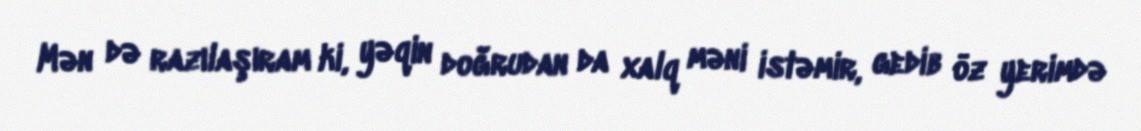
Mən də razılaşıram ki, yəqin doğrudan da xalq məni istəmir, gedib öz yerimdə